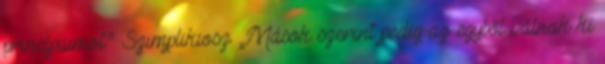
princípiumot.” Szimplikiosz „Mások szerint pedig az egyből válnak ki